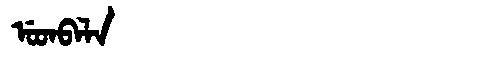
Manchu: ᡠᡨᠪᠠᠯᠠ
Romanization: UTBALA